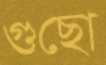
গুছো